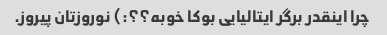
چرا اینقدر برگر ایتالیایی بوکا خوبه؟؟:) نوروزتان پیروز.